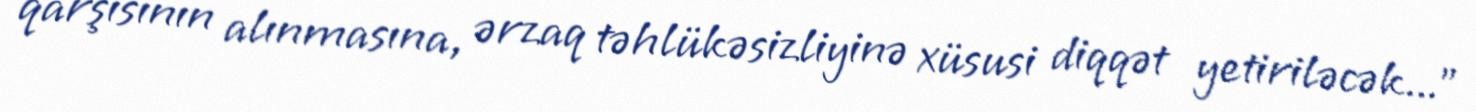
qarşısının alınmasına, ərzaq təhlükəsizliyinə xüsusi diqqət yetiriləcək...”